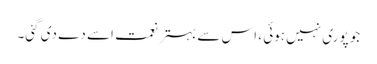
جو پوری نہیں ہوئی ، اس سے بہتر نعمت اسے دے دی گئی۔